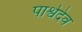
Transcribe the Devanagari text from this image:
पार्श्वदेव